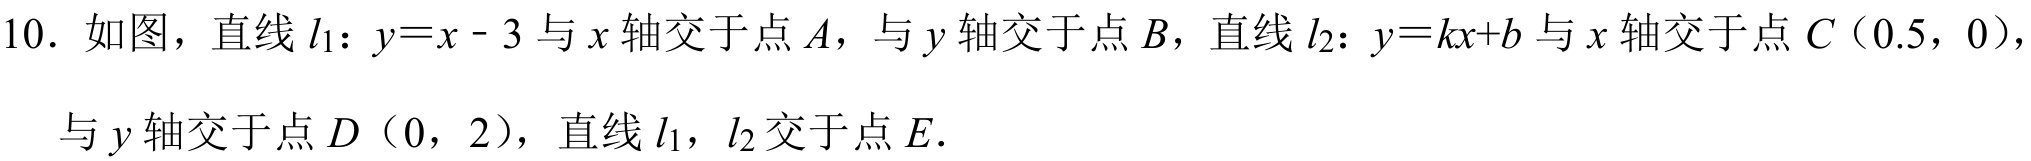
10. 如图，直线\(l_{1}:y = x - 3\)与\(x\)轴交于点\(A\)，与\(y\)轴交于点\(B\)，直线\(l_{2}:y = kx + b\)与\(x\)轴交于点\(C(0.5,0)\)，
与\(y\)轴交于点\(D(0,2)\)，直线\(l_{1}\)，\(l_{2}\)交于点\(E\).